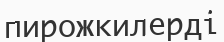
пирожкилерді